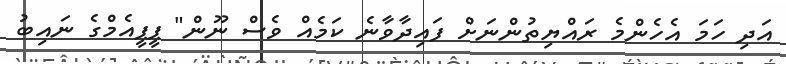
އަދި ހަމަ އެހެންމެ ރައްޔިތުންނަށް ފައިދާވާނެ ކަމެއް ވެސް ނޫން" ޕީޕީއެމްގެ ނައިބު